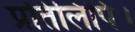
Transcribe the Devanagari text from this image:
प्रतिलिपि।